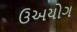
ઉઅયોગ